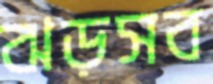
ঝড়সব